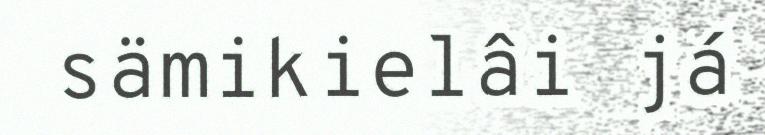
sämikielâi já